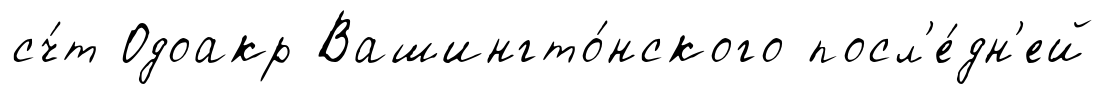
сч́т Одоакр Вашингто́нского посл'е́дн'ей